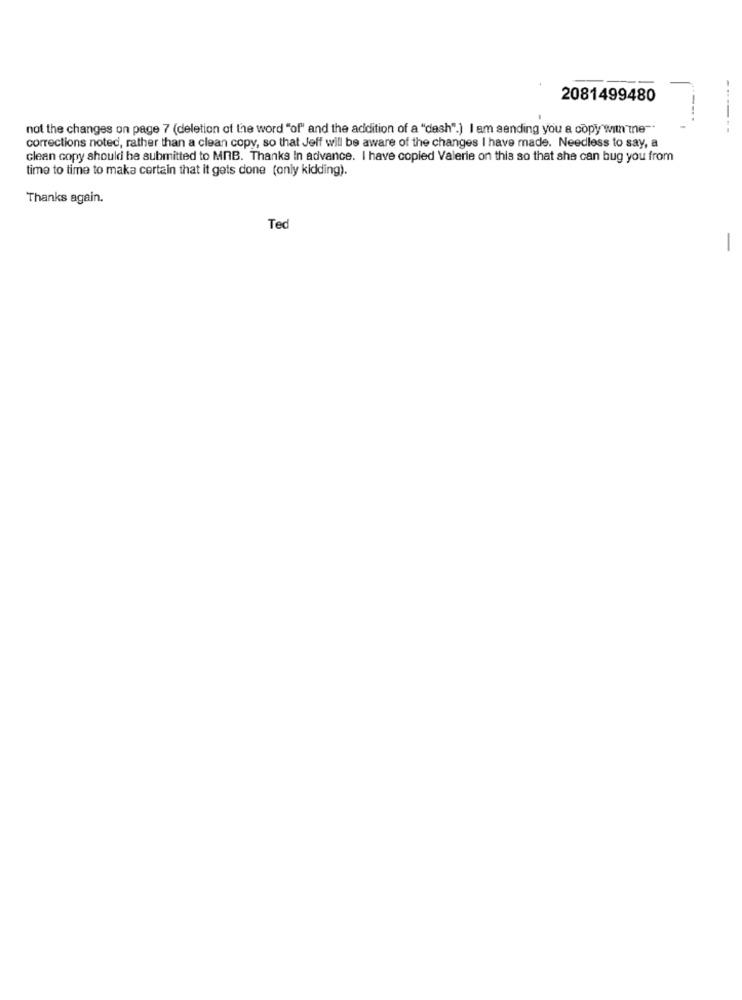
2081499480
-
not the changes on page 7 (deletion of the word "of" and the addition of a "dash".) I am sending you a copy with"ine".
corrections noted, rather than a clean copy, so that Jeff will be aware of the changes I have made. Needless to say, a
clean copy should be submitted to MOB. Thanks In advance. I have copied Valerie on this so that she can bug you from
time to time to make certain that it gets done (only kidding).
Thanks again.
Tec
-